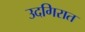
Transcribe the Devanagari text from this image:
उदगिरात